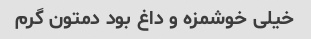
خیلی خوشمزه و داغ بود دمتون گرم